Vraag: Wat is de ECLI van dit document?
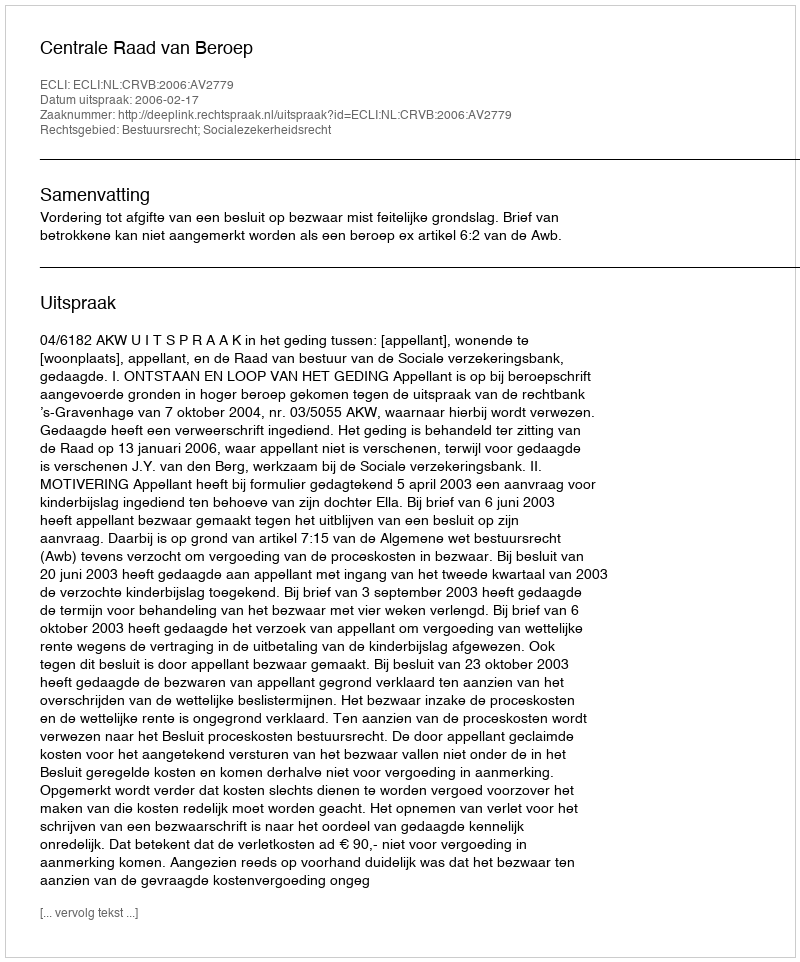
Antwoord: ECLI:NL:CRVB:2006:AV2779